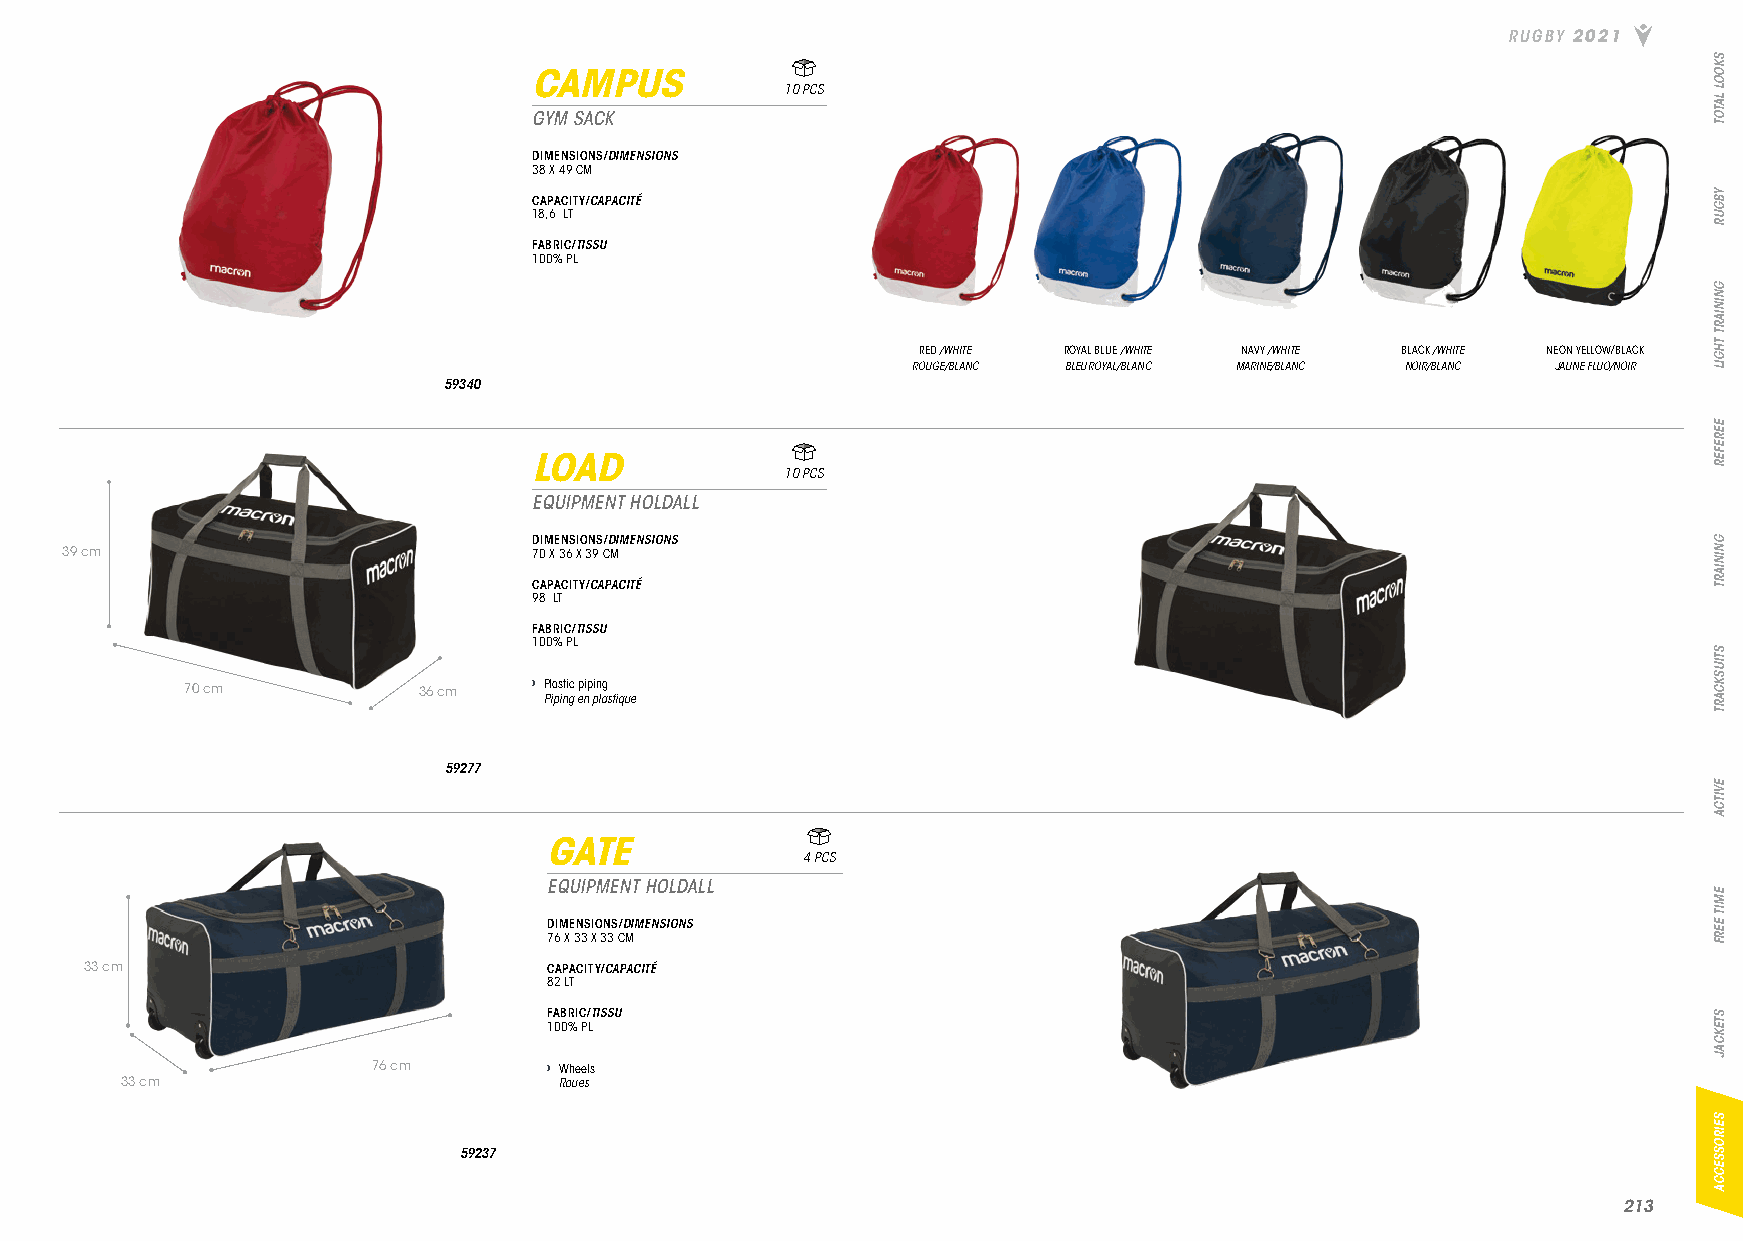
RUGBY 2021
 CAMPUS
 10 PCS
 GYM SACK
 DIMENSIONS/DIMENSIONS
 38 X 49 CM
 CAPACITY/CAPACITÉ
 18,6 LT
 FABRIC/TISSU
 100% PL
 RED /WHITE ROYAL BLUE /WHITE NAVY /WHITE BLACK /WHITE NEON YELLOW/BLACK
 ROUGE/BLANC BLEU ROYAL/BLANC MARINE/BLANC NOIR/BLANC JAUNE FLUO/NOIR
 59340
 LOAD
 10 PCS
 EQUIPMENT HOLDALL
 DIMENSIONS/DIMENSIONS
 39 cm                          70 X 36 X 39 CM
 CAPACITY/CAPACITÉ
 98 LT
 FABRIC/TISSU
 100% PL
 70 cm           36 cm  › Plastic piping
 Piping en plastique
 59277
 GATE
 4 PCS
 EQUIPMENT HOLDALL
 DIMENSIONS/DIMENSIONS
 76 X 33 X 33 CM
 33 cm                         CAPACITY/CAPACITÉ
 82 LT
 FABRIC/TISSU
 100% PL
 76 cm      › Wheels
 33 cm                        Roues
 59237
 221133
 SKOOL
 LATOT
 YBGUR
 GNINIART
 THGIL
 EEREFER
 GNINIART
 STIUSKCART
 EVITCA
 EMIT
 EERF
 STEKCAJ
 SEIROSSECCA